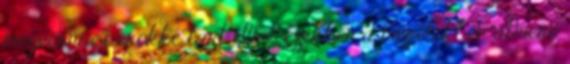
megvenni és örökké tart Íme, ezekben a méretekben átmérő